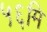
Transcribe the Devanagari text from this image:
५६मि